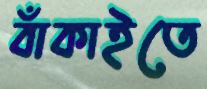
বাঁকাইতে